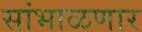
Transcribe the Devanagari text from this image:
सांभाळणार